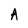
Character: A